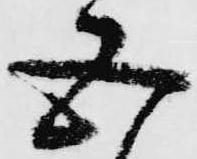
五